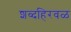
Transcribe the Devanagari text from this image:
शब्दहिरवळ